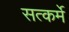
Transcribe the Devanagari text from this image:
सत्कर्मे